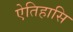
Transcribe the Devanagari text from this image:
ऐतिहासि